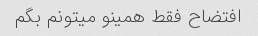
افتضاح فقط همینو میتونم بگم